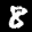
Label: 8